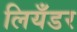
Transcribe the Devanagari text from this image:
लियँडर